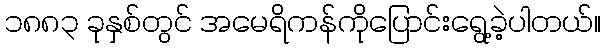
၁၈၈၃ ခုနှစ်တွင် အမေရိကန်ကိုပြောင်းရွေ့ခဲ့ပါတယ်။